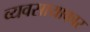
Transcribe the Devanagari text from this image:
व्यवसायाकार